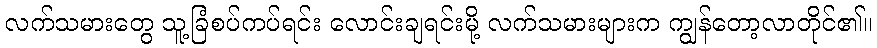
လက်သမားတွေ သူ့ခြံစပ်ကပ်ရင်း လောင်းချရင်းမို့ လက်သမားများက ကျွန်တော့လာတိုင်၏။